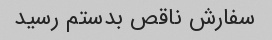
سفارش ناقص بدستم رسید